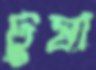
ঢুষা